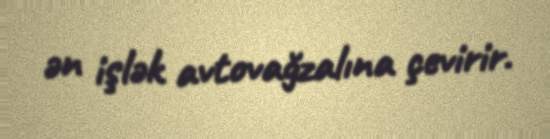
ən işlək avtovağzalına çevirir.